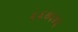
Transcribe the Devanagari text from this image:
६६७६७६